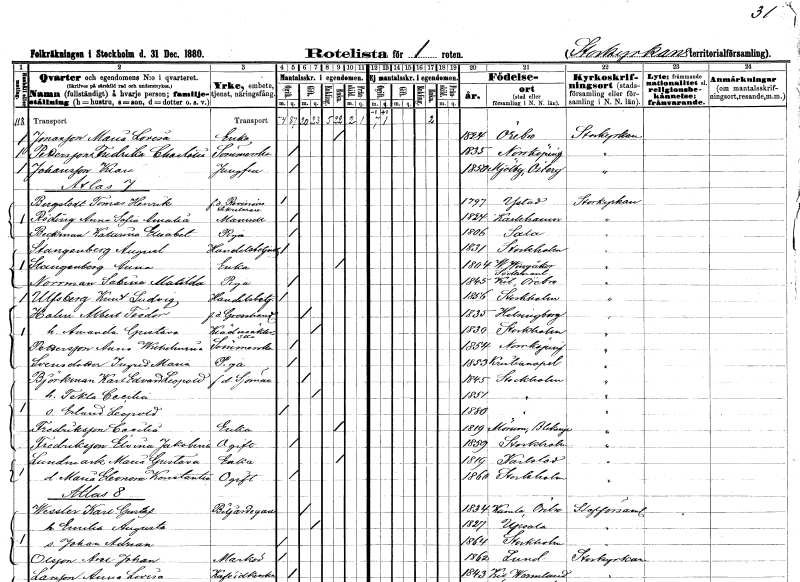
gt_parse: households: individuals: FN: Maria Lovisa
EN: Jonasson
YRKE: Änka
KON: K
CIV: E
FODAR: 1824
FODFORS: Örebro Örebro län
FN: Fredrika Charlotta
EN: Pettersson
YRKE: Sömmerska
KON: K
CIV: O
FODAR: 1835
FODFORS: Norrköping Östergötlands län
FN: Klara
EN: Johansson
YRKE: Jungfru
KON: K
CIV: O
FODAR: 1850
FODFORS: Mjölby Östergötlands län
FN: Tomas Henrik
EN: Bergstedt
YRKE: Revisionssekreterare f.d.
KON: M
CIV: O
FODAR: 1797
FODFORS: Ystad Malmöhus län
FN: Anna Sofia Amalia
EN: Röding
KON: K
CIV: O
FODAR: 1824
FODFORS: Karlshamn Blekinge län
FN: Katarina Elisabet
EN: Beckman
YRKE: Piga
KON: K
CIV: O
FODAR: 1806
FODFORS: Sala Västmanlands län
FN: August
EN: Stangenberg
YRKE: Handelsbetjänt
KON: M
CIV: O
FODAR: 1831
FODFORS: Stockholm
FN: Anna
EN: Stangenberg
YRKE: Änka
KON: K
CIV: E
FODAR: 1804
FODFORS: Västra Vingåker Södermanlands län
FN: Sabina Matilda
EN: Norrman
YRKE: Piga
KON: K
CIV: O
FODAR: 1845
FODFORS: Kil Örebro län
FN: Knut Ludvig
EN: Ulfsberg
YRKE: Handelsbetjänt
KON: M
CIV: O
FODAR: 1856
FODFORS: Stockholm
FN: Albert Teodor
EN: Holm
YRKE: Grosshandlare f.d.
KON: M
CIV: G
FODAR: 1835
FODFORS: Hälsingborg Malmöhus län
FN: Amanda Gustava
YRKE: Klädsömmerska
KON: K
CIV: G
FODAR: 1830
FODFORS: Stockholm
FN: Anna Wilhelmina
EN: Pettersson
YRKE: Sömmerska
KON: K
CIV: O
FODAR: 1854
FODFORS: Norrköping Östergötlands län
FN: Ingrid Maria
EN: Svensdotter
YRKE: Piga
KON: K
CIV: O
FODAR: 1853
FODFORS: Kristianopel Blekinge län
FN: Karl Edvard Leopold
EN: Björkman
YRKE: Sjöman f.d.
KON: M
CIV: G
FODAR: 1845
FODFORS: Stockholm
FN: Tekla Cecilia
KON: K
CIV: G
FODAR: 1851
FODFORS: Stockholm
FN: Erland Leopold
KON: M
CIV: O
FODAR: 1880
FODFORS: Stockholm
FN: Cecilia
EN: Fredriksson
YRKE: Änka
KON: K
CIV: E
FODAR: 1819
FODFORS: Mörrum Blekinge län
FN: Elvina Jakobina
EN: Fredriksson
KON: K
CIV: O
FODAR: 1859
FODFORS: Stockholm
FN: Maria Gustava
EN: Lundmark
YRKE: Änka
KON: K
CIV: E
FODAR: 1819
FODFORS: Karlstad Värmlands län
FN: Maria Eleonora Konstantia
KON: K
CIV: O
FODAR: 1860
FODFORS: Stockholm